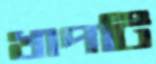
খাপটি